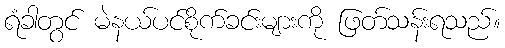
ရံခါတွင် မဲနယ်ပင်စိုက်ခင်းများကို ဖြတ်သန်းရသည်။